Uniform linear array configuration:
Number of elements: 4
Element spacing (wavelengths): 0.5
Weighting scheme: exponential
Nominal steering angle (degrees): -60
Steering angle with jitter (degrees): -59.279
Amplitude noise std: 0.05
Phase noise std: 0.05

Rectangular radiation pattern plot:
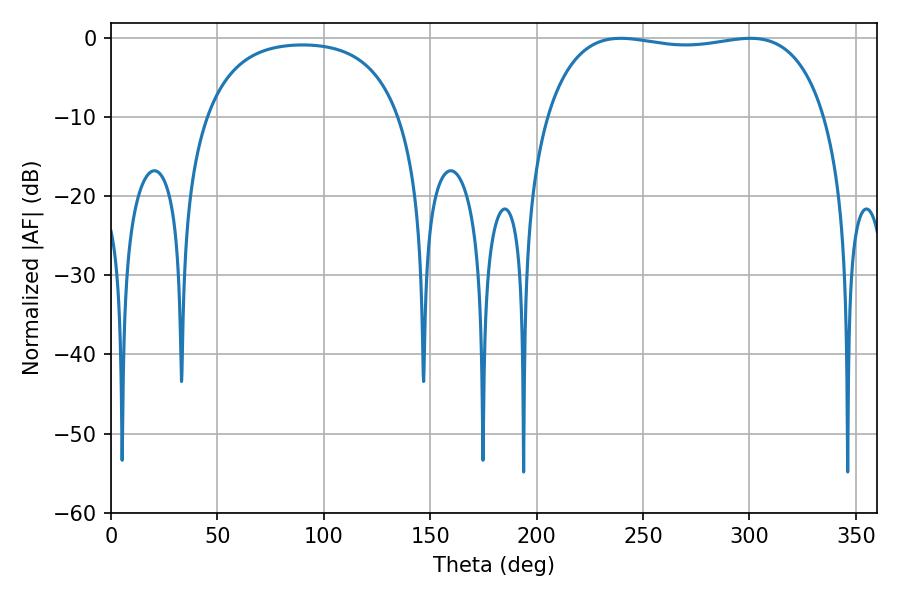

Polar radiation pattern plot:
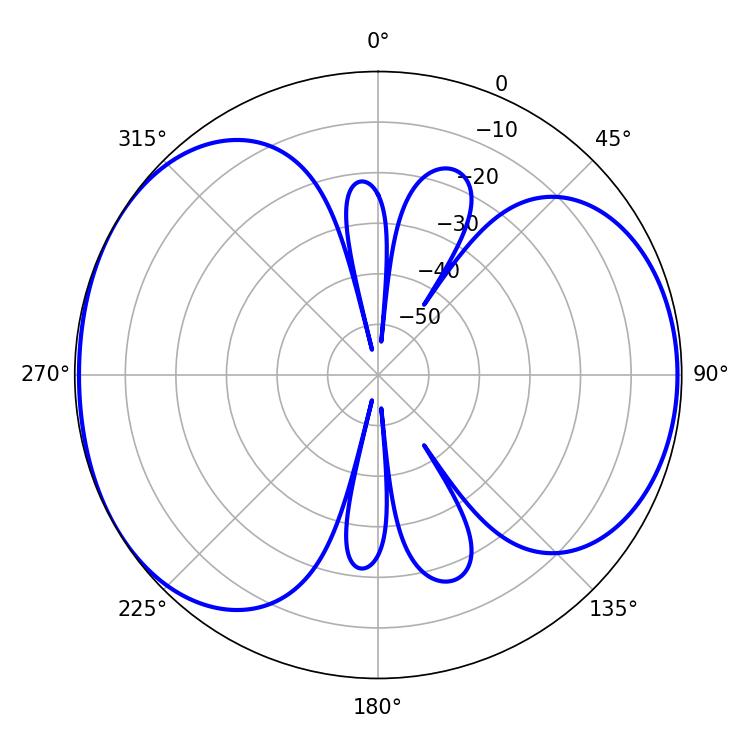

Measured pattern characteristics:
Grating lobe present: FALSE
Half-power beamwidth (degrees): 105.48
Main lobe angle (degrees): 239.58